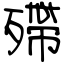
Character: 殢